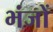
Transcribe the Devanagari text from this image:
भंजों